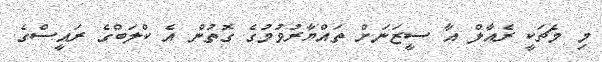
މި މެޗަކީ ރެއާލް އާ ސީޒަނަށް ތައްޔާރުވުމުގެ ގޮތުން އެ ކްލަބްގެ ރައީސްގެ